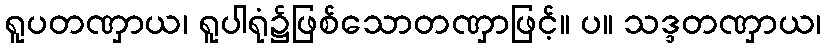
ရူပတဏှာယ၊ ရူပါရုံ၌ဖြစ်သောတဏှာဖြင့်။ ပ။ သဒ္ဒတဏှာယ၊